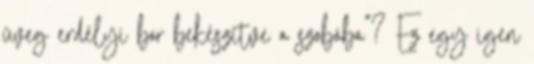
üveg erdélyi bor bekészítve a szobába"? Ez egy igen